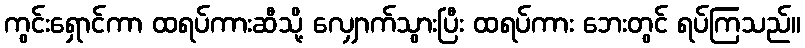
ကွင်းရှောင်ကာ ထရပ်ကားဆီသို့ လျှောက်သွားပြီး ထရပ်ကား ဘေးတွင် ရပ်ကြသည်။